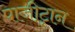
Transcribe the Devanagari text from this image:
पाजी़ट्रान